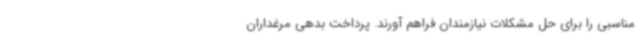
مناسبی را برای حل مشکلات نیازمندان فراهم آورند. پرداخت بدهی مرغداران